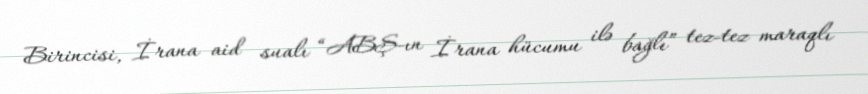
Birincisi, İrana aid sualı “ABŞ-ın İrana hücumu ilə bağlı” tez-tez maraqlı